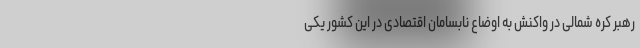
رهبر کره شمالی در واکنش به اوضاع نابسامان اقتصادی در این کشور یکی